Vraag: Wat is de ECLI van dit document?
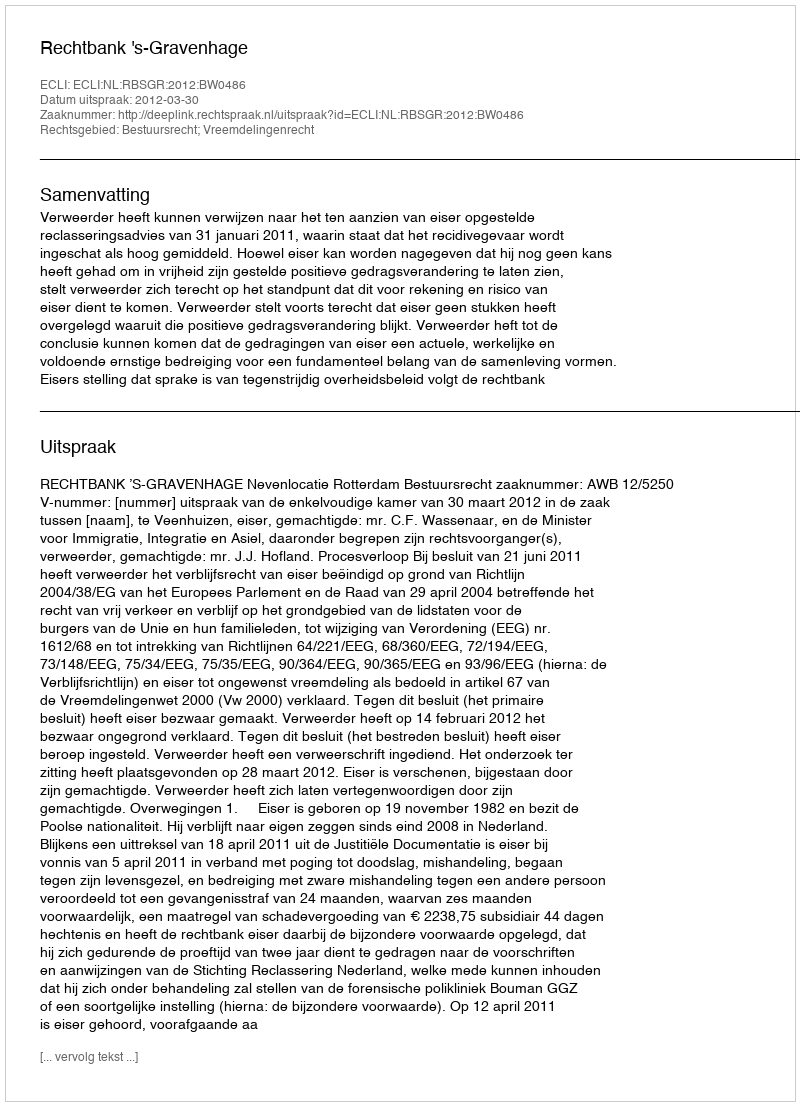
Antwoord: ECLI:NL:RBSGR:2012:BW0486